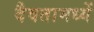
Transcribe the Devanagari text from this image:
दैवतामध्यें